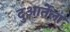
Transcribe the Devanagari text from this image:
दुआर्तेला